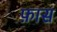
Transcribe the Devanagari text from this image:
फ़ास